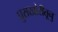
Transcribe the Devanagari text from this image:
घुसखोरीतूनु